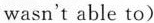
wasn't able to)